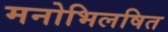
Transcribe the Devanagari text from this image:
मनोभिलषित